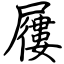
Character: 屨